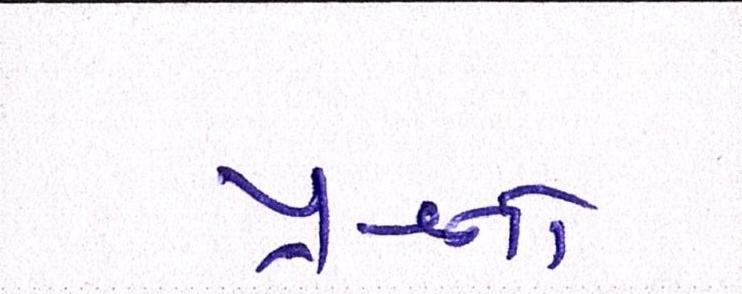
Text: પ્રશ્નનો